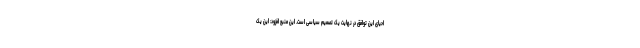
احیای این توافق در نهایت یک تصمیم سیاسی است. این منبع افزود: این یک